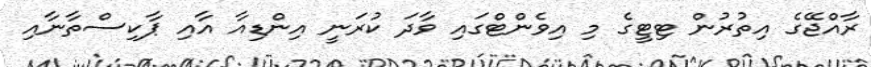
ރާއްޖޭގެ އިތުރުން ޓިޓީގެ މި އިވެންޓްގައި ވާދަ ކުރަނީ އިންޑިއާ އާއި ޕާކިސްތާނާއި